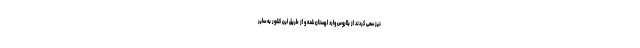
نیز سعی کردند از بلاروس وارد لهستان شده و از طریق این کشور به سایر